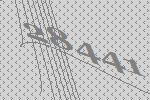
28441